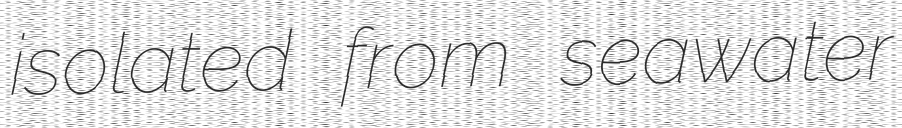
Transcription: isolated from seawater